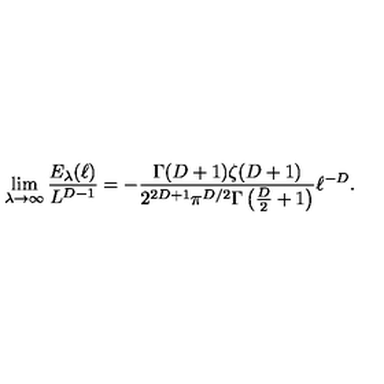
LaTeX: \lim _ { \lambda \to \infty } \frac { E _ { \lambda } ( \ell ) } { L ^ { D - 1 } } = - \frac { \Gamma ( D + 1 ) \zeta ( D + 1 ) } { 2 ^ { 2 D + 1 } \pi ^ { D / 2 } \Gamma \left( \frac { D } { 2 } + 1 \right) } \ell ^ { - D } .